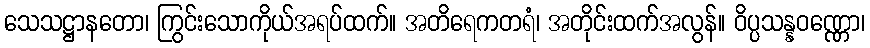
သေသဋ္ဌာနတော၊ ကြွင်းသောကိုယ်အရပ်ထက်။ အတိရေကတရံ၊ အတိုင်းထက်အလွန်။ ဝိပ္ပသန္နဝဏ္ဏော၊